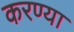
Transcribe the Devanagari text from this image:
करण्या